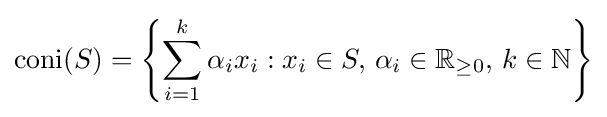
\operatorname {coni} (S)=\left\{\sum _{i=1}^{k}\alpha _{i}x_{i}:x_{i}\in S,\,\alpha _{i}\in \mathbb {R} _{\geq 0},\,k\in \mathbb {N} \right\}